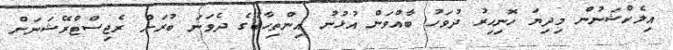
އިލެކްޝަނުން މިދިޔަ ހޮނިހިރު ދުވަހު ބާއްވަން އުޅުނު އިންތިހާބުގެ ދެވަނަ ބުރަށް ރެޖިސްޓްރޭޝަނަށް